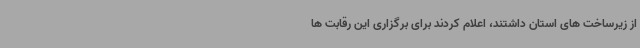
از زیرساخت های استان داشتند، اعلام کردند برای برگزاری این رقابت ها